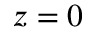
z = 0